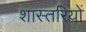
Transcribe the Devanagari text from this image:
शास्तरियों